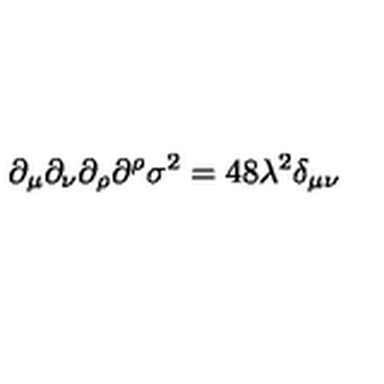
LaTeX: \partial _ { \mu } \partial _ { \nu } \partial _ { \rho } \partial ^ { \rho } \sigma ^ { 2 } = 4 8 \lambda ^ { 2 } \delta _ { \mu \nu }